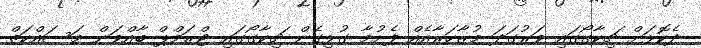
ދެކޮޅަށް ޗިކާގޯގައި ވަރުގަދަ މުޒާހަރާއެއް ފެށުމާ ގުޅިގެން ޗިކާގޯގައި ޓްރަމްޕް ބާއްވަން މަސައްކަތް